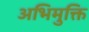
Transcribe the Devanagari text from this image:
अभिमुक्ति